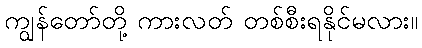
ကျွန်တော်တို့ ကားလတ် တစ်စီးရနိုင်မလား။